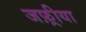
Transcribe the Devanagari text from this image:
जफ़्रीया